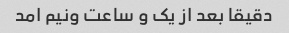
دقیقا بعد از یک و ساعت ونیم امد